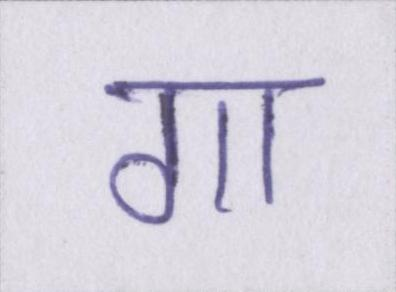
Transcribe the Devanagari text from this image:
गा